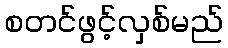
စတင်ဖွင့်လှစ်မည်